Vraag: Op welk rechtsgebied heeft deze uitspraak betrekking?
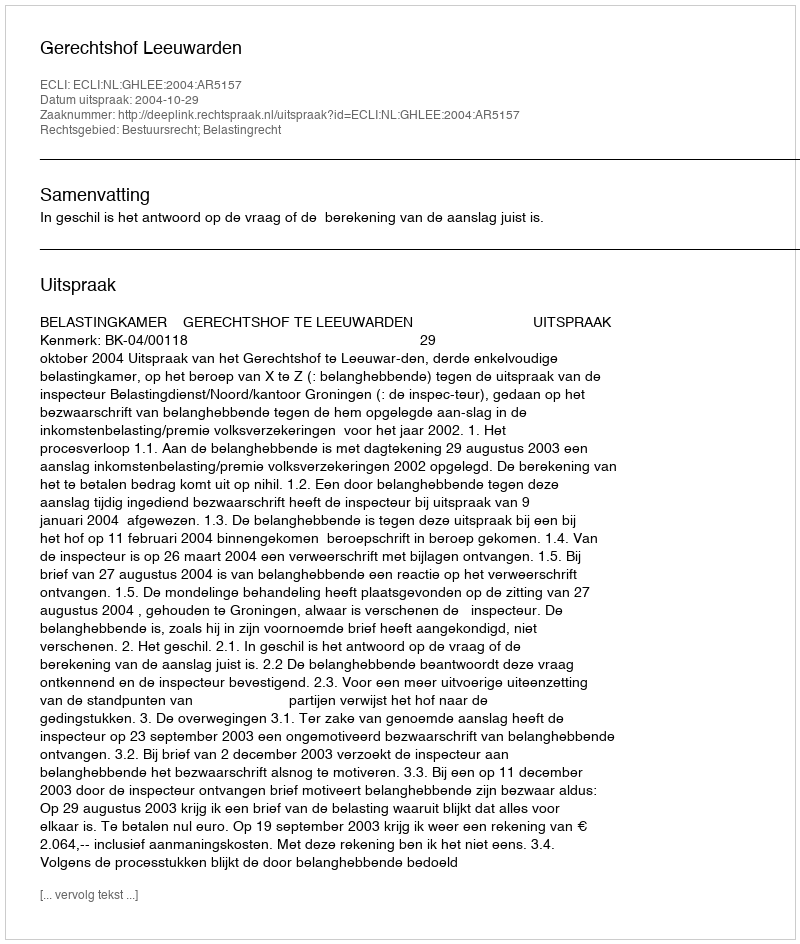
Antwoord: Bestuursrecht; Belastingrecht